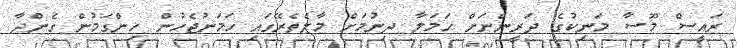
ރައީސް މޫސާ މަނިކުގެ ދަރީންނަށް ހަމަލާ ދިނުމަށް މާލެތެރޭގައި ހަމަނުޖެހުން ހިންގަމުން ގެންދާ